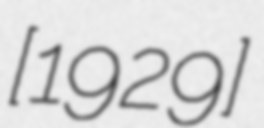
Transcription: [1929]